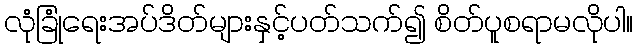
လုံခြုံရေးအပ်ဒိတ်များနှင့်ပတ်သက်၍ စိတ်ပူစရာမလိုပါ။